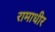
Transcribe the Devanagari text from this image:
रामाधीर